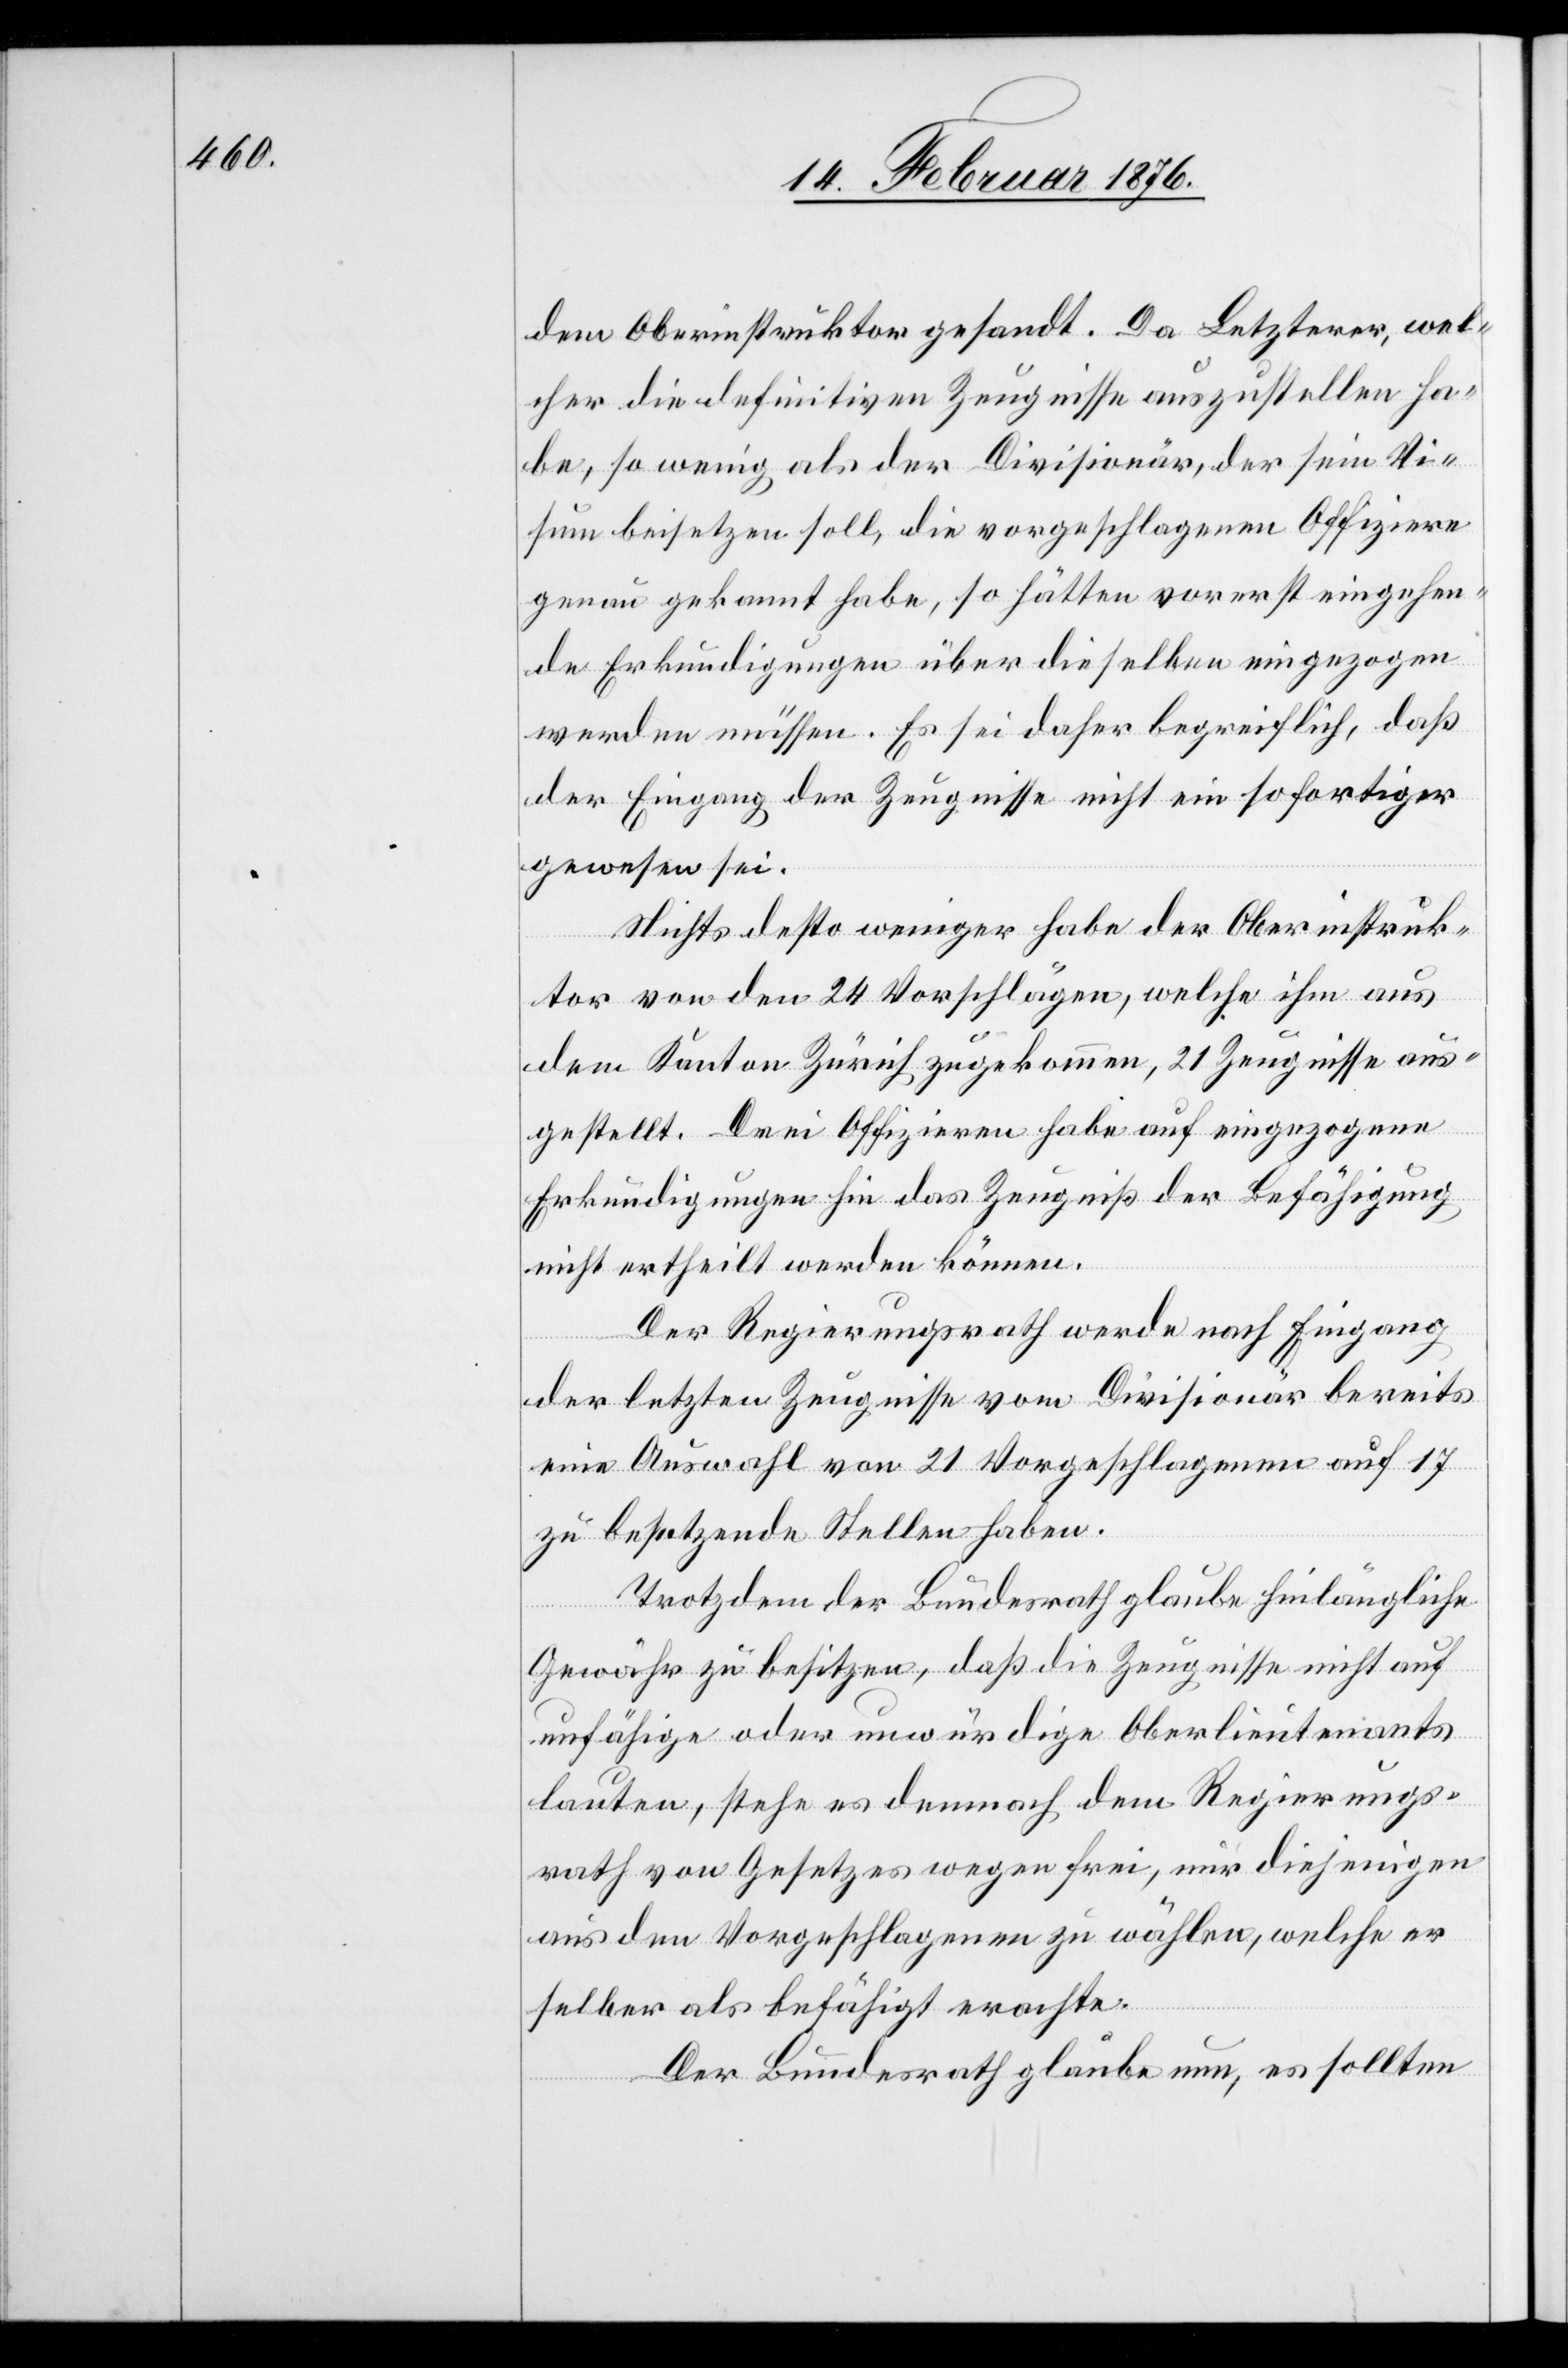
dem Oberinstruktor gesandt. Da Letzterer, wel¬
cher die definitiven Zeugnisse auszustellen ha¬
be, so wenig als der Divisionär, der sein Vi¬
sum beisetzen soll, die vorgeschlagenen Offiziere
genau gekannt habe, so hätten vorerst eingehen¬
de Erkundungen über dieselben eingezogen
werden müssen. Es sei daher begreiflich, daß
der Eingang der Zeugnisse nicht ein sofortiger
gewesen sei.
Nichts desto weniger habe der Oberinstruk¬
tor von den 24 Vorschlägen, welche ihn aus
dem Kanton Zürich zugekommen, 21 Zeugnisse aus¬
gestellt. Drei Offizieren habe auf eingezogene
Erkundungen hin das Zeugniß der Befähigung
nicht ertheilt werden können.
Der Regierungsrath werde nach Eingang
der letzten Zeugnisse vom Divisionär bereits
eine Auswahl von 21 Vorgeschlagenen auf 17
zu besetzende Stellen haben.
Trotzdem der Bundesrath glaube hinlängliche
Gewähr zu besitzen, daß die Zeugnisse nicht auf
unfähige oder unwürdige Oberlieutenants
lauten, stehe es demnach dem Regierungs¬
rath von Gesetze wegen frei, nur diejenigen
aus den Vorgeschlagenen zu wählen, welche er
selber als befähigt erachte.
Der Bundesrath glaube nun, es sollten